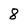
Character: 8